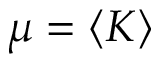
\mu = \langle K \rangle